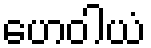
ဟေဝါယံ